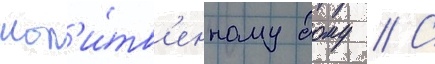
мол'и́тв'енному дому // С